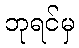
ဘုရင်မှ